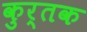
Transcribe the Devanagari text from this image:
कुर्तक